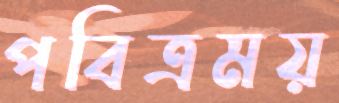
পবিত্রময়